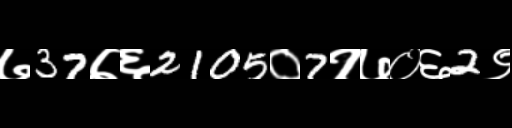
Text: ७37७६2105०7१७०६2९